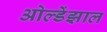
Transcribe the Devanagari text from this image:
ओल्डेंझाल